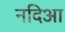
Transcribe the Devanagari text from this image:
नदिआ